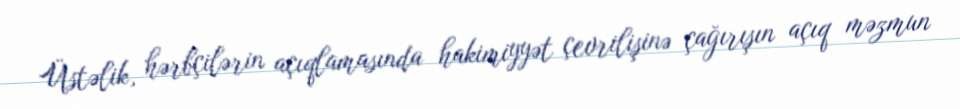
Üstəlik, hərbçilərin açıqlamasında hakimiyyət çevrilişinə çağırışın açıq məzmun